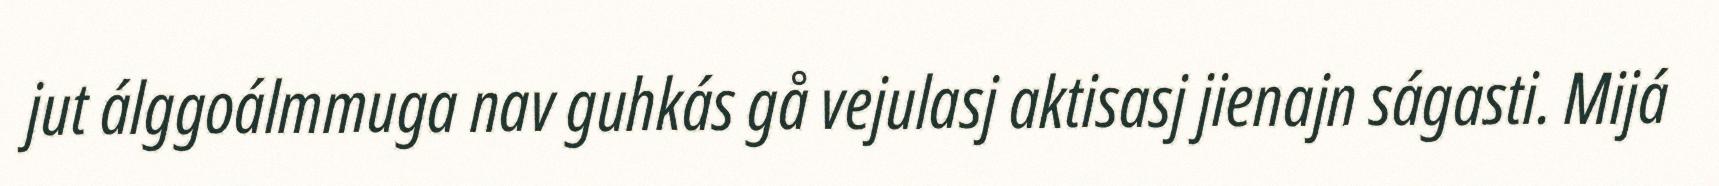
jut álggoálmmuga nav guhkás gå vejulasj aktisasj jienajn ságasti. Mijá